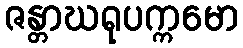
ဇန္တာဃရုပက္ကမော